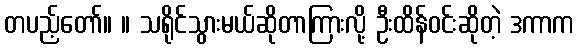
တပည့်တော်။ ။ သရိုင်သွားမယ်ဆိုတာကြားလို့ ဦးထိန်ဝင်းဆိုတဲ့ ဒကာက